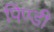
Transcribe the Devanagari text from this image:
पिण्डी